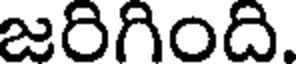
జరిగింది.